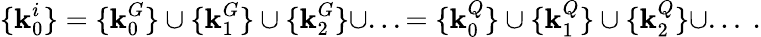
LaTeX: \{ \textbf{k}_{0}^{i}\} =\{ \textbf{k}_{0}^{G}\} \cup\{ \textbf{k}_{1}^{G}\} \cup\{ \textbf{k}_{2}^{G}\} \cup...=\{ \textbf{k}_{0}^{Q}\} \cup\{ \textbf{k}_{1}^{Q}\} \cup\{ \textbf{k}_{2}^{Q}\} \cup...~.